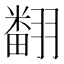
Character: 𮋒